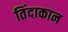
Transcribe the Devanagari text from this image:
तिंदाकान